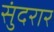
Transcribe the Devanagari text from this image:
सुंदरार